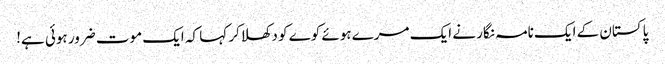
پاکستان کے ایک نامہ نگار نے ایک مرے ہوئے کوے کو دکھلاکر کہا کہ ایک موت ضرور ہوئی ہے!